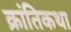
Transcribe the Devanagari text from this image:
क्रांतिकथा